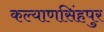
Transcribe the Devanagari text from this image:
कल्याणसिंहपुर